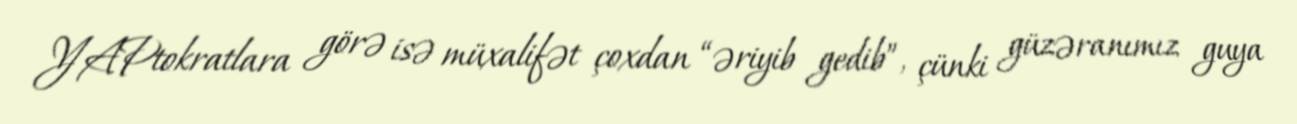
YAPtokratlara görə isə müxalifət çoxdan “əriyib gedib”, çünki güzəranımız guya